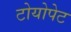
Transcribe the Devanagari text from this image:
टोयोपेट